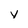
Character: y